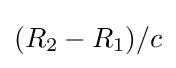
(R_{2}-R_{1})/c